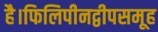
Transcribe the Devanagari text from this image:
है।फिलिपीनद्वीपसमूह